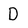
Character: D